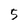
Character: 5